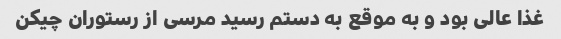
غذا عالی بود و به موقع به دستم رسید مرسی از رستوران چیکن